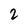
Character: 2